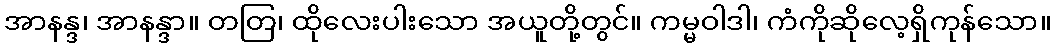
အာနန္ဒ၊ အာနန္ဒာ။ တတြ၊ ထိုလေးပါးသော အယူတို့တွင်။ ကမ္မဝါဒါ၊ ကံကိုဆိုလေ့ရှိကုန်သော။